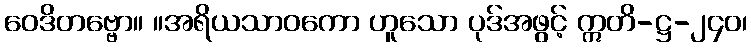
ဝေဒိတဗ္ဗော။ ။အရိယသာဝကော ဟူသော ပုဒ်အဖွင့် ဣတိ-ဋ္ဌ-၂၄၀၊